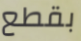
بقطع